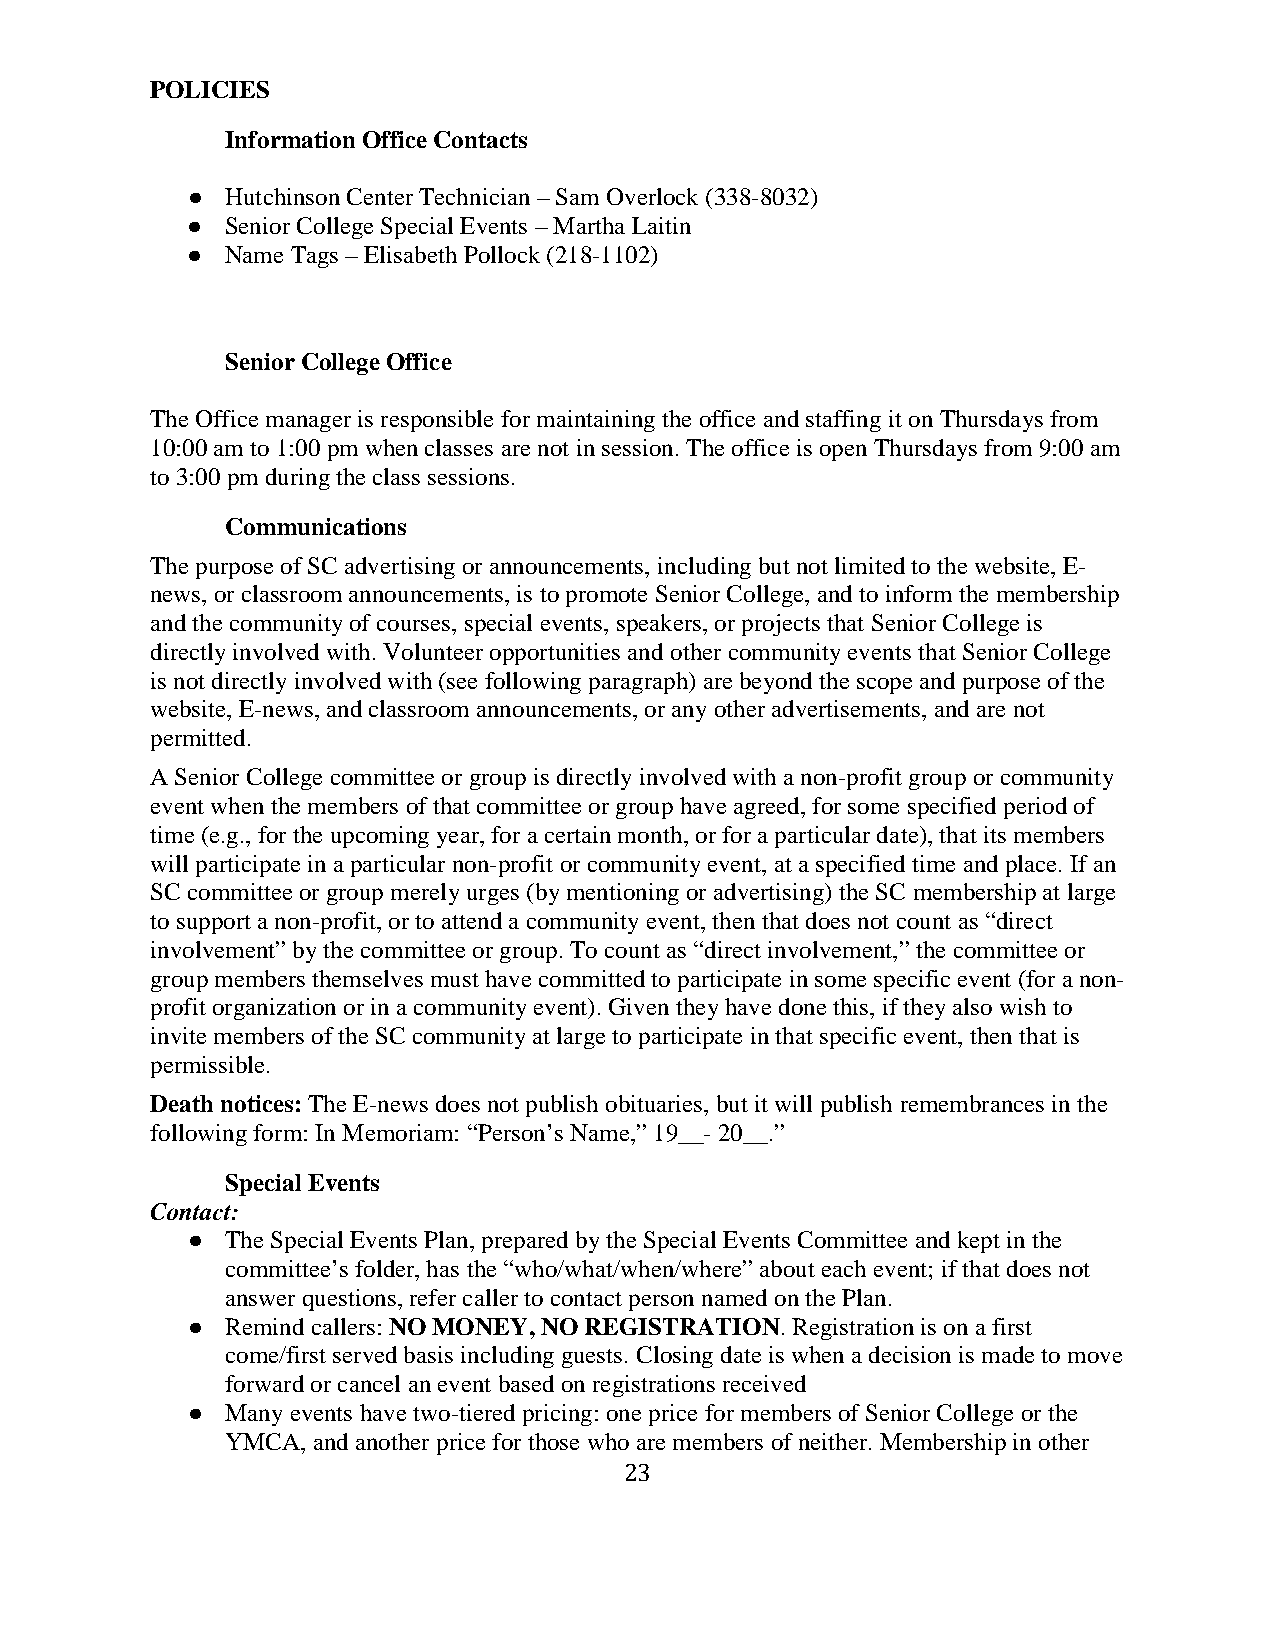
POLICIES
 Information Office Contacts
 ●  Hutchinson Center Technician – Sam Overlock (338-8032)
 ●  Senior College Special Events – Martha Laitin
 ●  Name Tags – Elisabeth Pollock (218-1102)
 Senior College Office
 The Office manager is responsible for maintaining the office and staffing it on Thursdays from
 10:00 am to 1:00 pm when classes are not in session. The office is open Thursdays from 9:00 am
 to 3:00 pm during the class sessions.
 Communications
 The purpose of SC advertising or announcements, including but not limited to the website, E-
 news, or classroom announcements, is to promote Senior College, and to inform the membership
 and the community of courses, special events, speakers, or projects that Senior College is
 directly involved with. Volunteer opportunities and other community events that Senior College
 is not directly involved with (see following paragraph) are beyond the scope and purpose of the
 website, E-news, and classroom announcements, or any other advertisements, and are not
 permitted.
 A Senior College committee or group is directly involved with a non-profit group or community
 event when the members of that committee or group have agreed, for some specified period of
 time (e.g., for the upcoming year, for a certain month, or for a particular date), that its members
 will participate in a particular non-profit or community event, at a specified time and place. If an
 SC committee or group merely urges (by mentioning or advertising) the SC membership at large
 to support a non-profit, or to attend a community event, then that does not count as “direct
 involvement” by the committee or group. To count as “direct involvement,” the committee or
 group members themselves must have committed to participate in some specific event (for a non-
 profit organization or in a community event). Given they have done this, if they also wish to
 invite members of the SC community at large to participate in that specific event, then that is
 permissible.
 Death notices: The E-news does not publish obituaries, but it will publish remembrances in the
 following form: In Memoriam: “Person’s Name,” 19__- 20__.”
 Special Events
 Contact:
 ●  The Special Events Plan, prepared by the Special Events Committee and kept in the
 committee’s folder, has the “who/what/when/where” about each event; if that does not
 answer questions, refer caller to contact person named on the Plan.
 ●  Remind callers: NO MONEY, NO REGISTRATION. Registration is on a first
 come/first served basis including guests. Closing date is when a decision is made to move
 forward or cancel an event based on registrations received
 ●  Many events have two-tiered pricing: one price for members of Senior College or the
 YMCA, and another price for those who are members of neither. Membership in other
 23